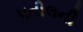
પતીલની